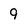
Character: 9